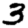
Digit: 3